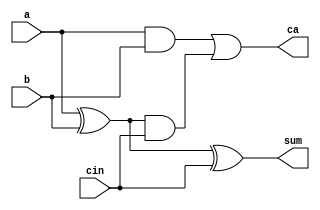
module FullAdder (a,b,cin,sum, ca);
input a, b,cin;
output sum, ca;
	assign sum = a ^ b ^ cin;
	assign ca  = (a&b) | ((a^b)&cin);
endmodule